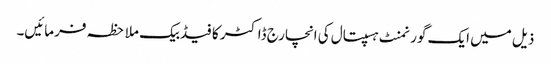
ذیل میں ایک گورنمنٹ ہسپتال کی انچارج ڈاکٹر کا فیڈبیک ملاحظہ فرمائیں۔